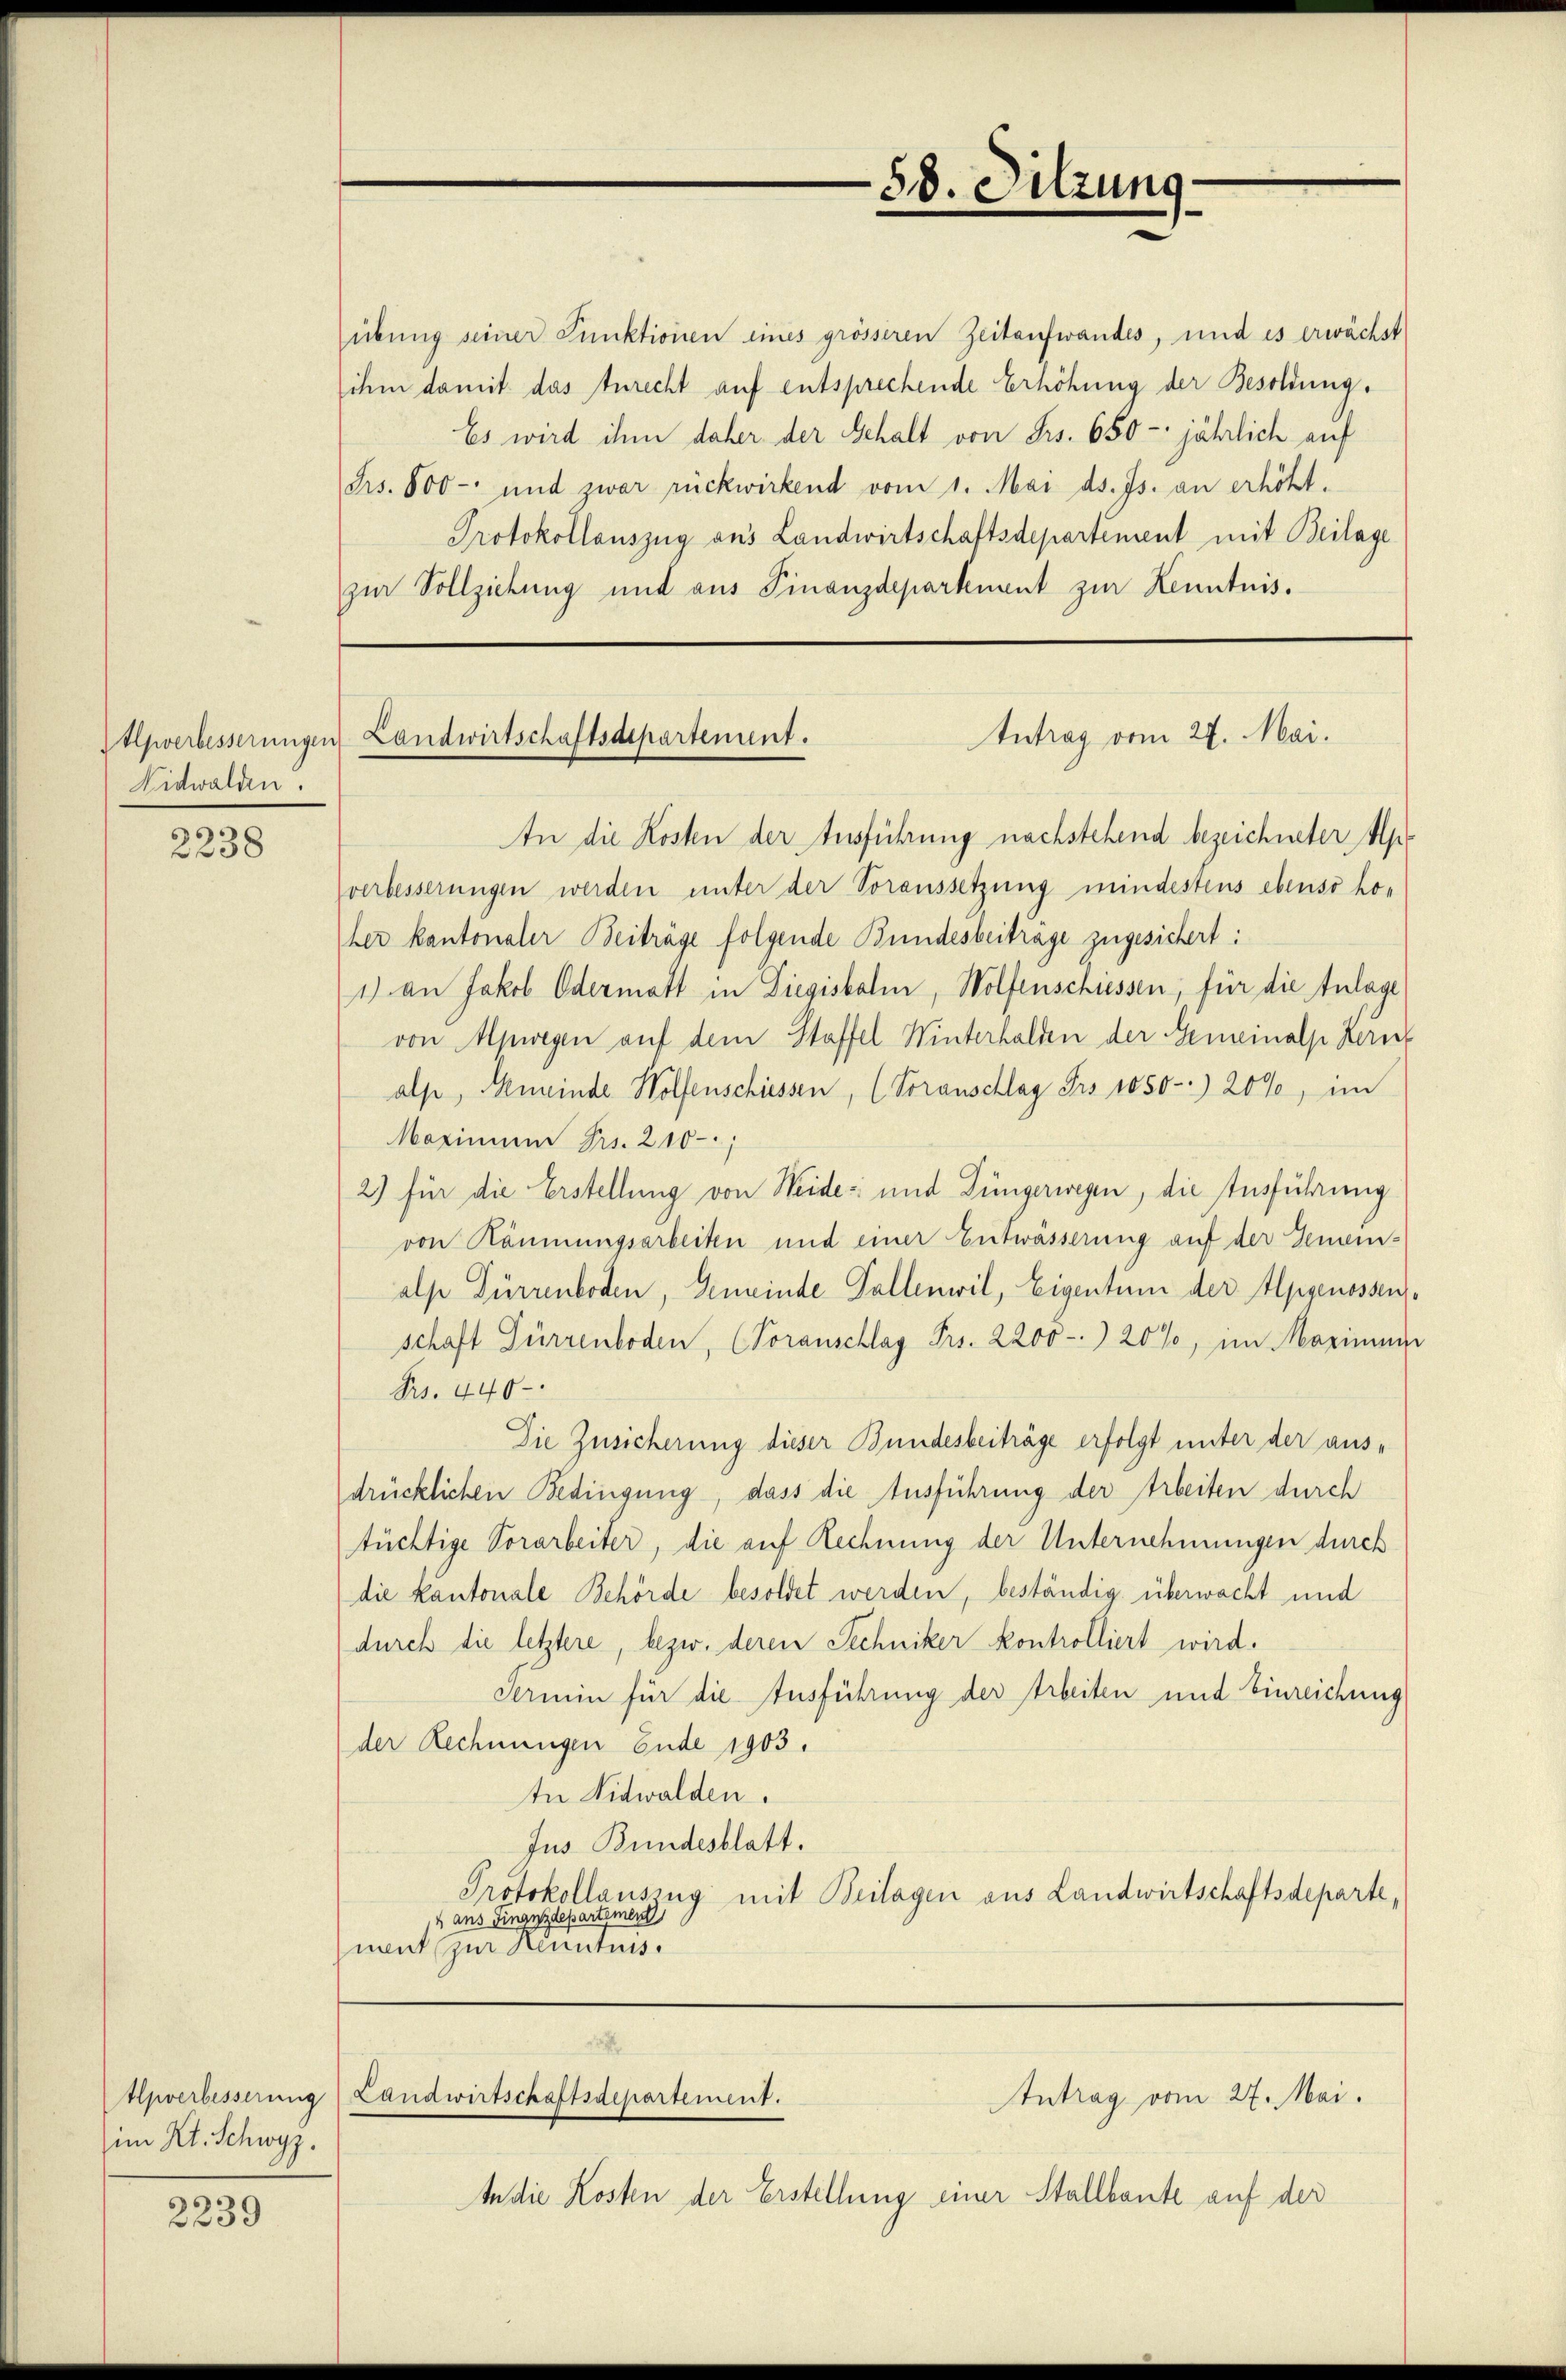
Allwerbesserunge
Nidwalden.

2238

im Kt. Schwyz.

2239

übung seiner Punktionen eines grösseren Zeitaufwandes, und es erwächst
ihm damit das Zurecht auf entsprechende Erhöhung der Besoldung.
Es wird ihm daher der Gehalt von Frs. 650 -: jährlich auf
Frs. 800 - und zwar rückwirkend vom 1. Mai d. Js. an erhöht.
Protokollauszug aus Landwirtschaftsdepartement mit Beilage
zur Vollziehung und aus Finanzdeparknent zur Kenntnis.

58. Sitzung

Antrag vom 27. Mai.
u Landwirtschaftsdepartement.

154
Upverbesserung Landwirtschaftsdepartement.
Antrag vom 27. Mai.

An die Kosten der Ausführung nachstehend bezeichneter Apverbesserungen werden unter der Voraussetzung mindestens ebenso ho-
her kantonaler Beiträge folgende Bundesbeitrage zugesichert:
1) an Jakob Odermatt in Liegisbalm, Wolfenschiessen, für die Anlage
von Mpwegen auf dem Staffel Winterhalden der Gemeinalp Hern
alp, Gemeinde Wolfenschiessen, (Voranschlag Frs. 1050.-) 20%, im
Maximum Fr. 210
2) für die Erstellung von Weide und Düngerwegen, die Ausführung
von Räumungsarbeiten und einer Entwässerung auf der Gemein-
alp Dürrenboden, Gemeinde Pallenwil, Eigentum der Alpgenossens
schaft Dürrenboden, (Voranschlag Frs. 2200 - 20%, im Maximum
Frs. 440
Die Zusicherung dieser Bundesbeiträge erfolgt unter der aus-
drücklichen Bedingung, dass die Ausführung der Arbeiten durch
tüchtige Vorarbeiter, die auf Rechnung der Unternehmungen durch
die Kantonale Behörde besoldet werden, beständig überwacht und
durch die letztere, bezw. deren Techniker kontrolliert wird.
Termin für die Ausführung der Arbeiten und Einreichung
der Rechnungen Ende 1903.
ter Nidwalden.
Jus Bundesblatt.
Protokollauszug mit Beilagen aus Landwirtschaftsdeparte,
4 aus Finanzdepartement
ment zur Kenntnis.

In die Kosten der Erstellung einer Stallbaute auf der